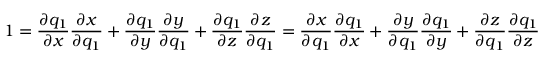
1 = { \frac { \partial q _ { 1 } } { \partial x } } { \frac { \partial x } { \partial q _ { 1 } } } + { \frac { \partial q _ { 1 } } { \partial y } } { \frac { \partial y } { \partial q _ { 1 } } } + { \frac { \partial q _ { 1 } } { \partial z } } { \frac { \partial z } { \partial q _ { 1 } } } = { \frac { \partial x } { \partial q _ { 1 } } } { \frac { \partial q _ { 1 } } { \partial x } } + { \frac { \partial y } { \partial q _ { 1 } } } { \frac { \partial q _ { 1 } } { \partial y } } + { \frac { \partial z } { \partial q _ { 1 } } } { \frac { \partial q _ { 1 } } { \partial z } }